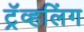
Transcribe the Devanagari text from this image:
ट्रॅव्हलिंग